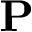
\mathbf { P }